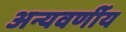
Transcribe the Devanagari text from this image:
अन्यवर्णीय